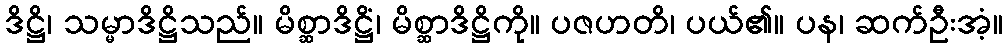
ဒိဋ္ဌိ၊ သမ္မာဒိဋ္ဌိသည်။ မိစ္ဆာဒိဋ္ဌိံ၊ မိစ္ဆာဒိဋ္ဌိကို။ ပဇဟတိ၊ ပယ်၏။ ပန၊ ဆက်ဦးအံ့။